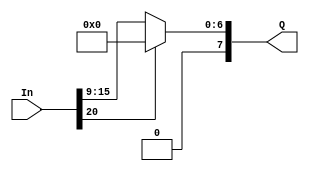
module ActivationFunction(input [20:0] In, output [7:0] Q);
  wire [7:0] temp_input = In[15:9];
  assign Q = (In[20] == 1'b1) ? 8'd0 : {1'b0, temp_input};
endmodule